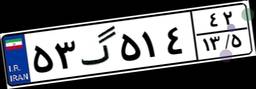
۵۳گ۵۱۴۴۲